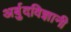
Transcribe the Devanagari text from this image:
अर्बुदविज्ञानी